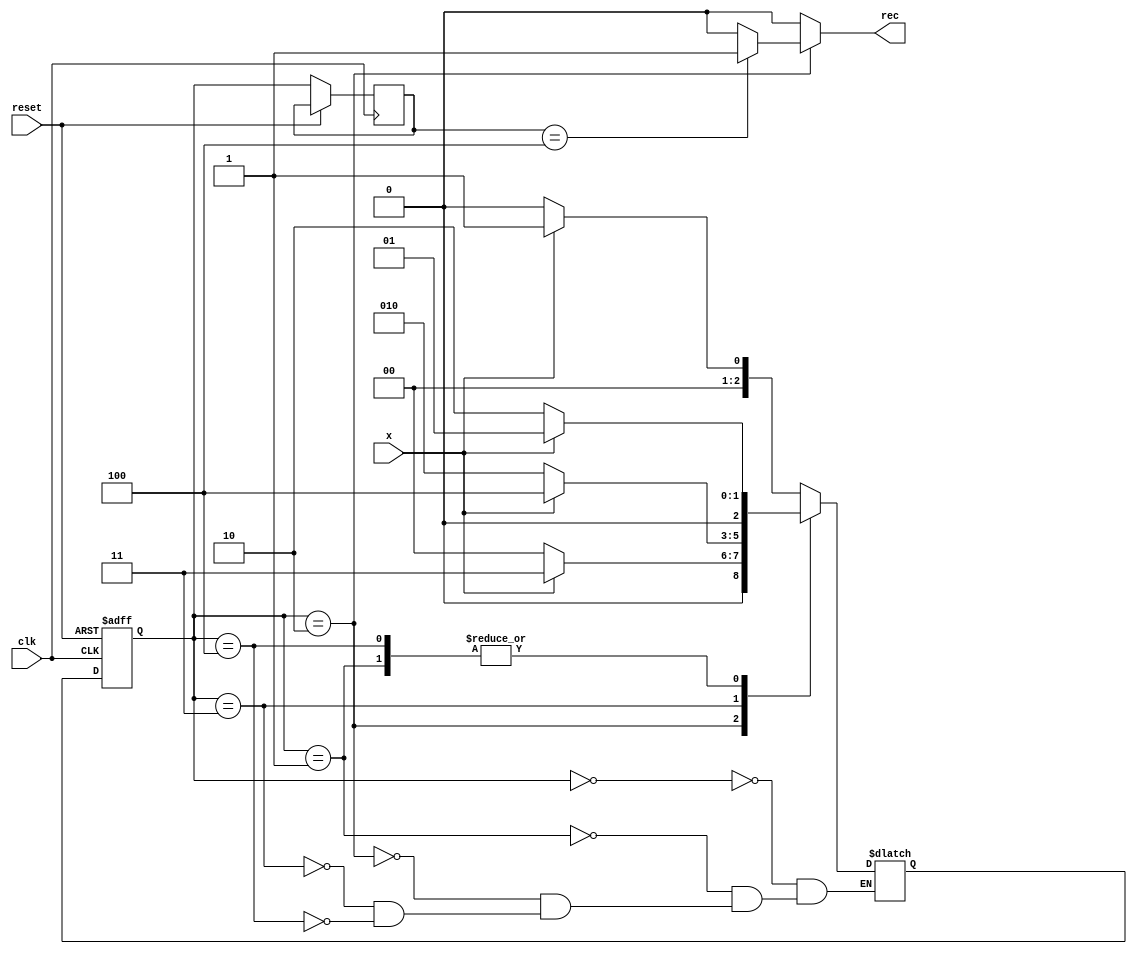
// to-do : fix when input changes multiple times before next clock pulse  

module mealy(output reg rec, input x, input reset, input clk);
reg [2:0] state;
reg [2:0] nextstate;
reg [2:0] prevstate=3'bxxx;
parameter S0=3'b000,S1=3'b001,S2=3'b010,S3=3'b011,S4=3'b100;
initial
rec=0;
always @(posedge clk or posedge reset)
begin
    if(reset)
    state=S0;
    else 
    begin
        prevstate=state;
        state = nextstate;
    end
end

always @(state or x)
begin
    rec=0;
    case(state)
        S0:
        begin
            if(x) nextstate=S1;
            else nextstate=S0;
        end
        S1:
        begin
            if(x) nextstate=S1;
            else nextstate=S2;
        end
        S2:
        begin
            if(x) nextstate=S3;
            else nextstate=S0;
            if(prevstate==S4) rec=1;
        end
        S3:
        begin
            if(x) nextstate=S4;
            else nextstate=S2;
        end
        S4:
        begin
            if(x) nextstate=S1;
            else nextstate=S2;
        end
    endcase
end
endmodule

// testbench
module testbench;
reg x,reset,clk;
reg [0:24] sequence;
wire rec;
mealy m(rec,x,reset,clk);
integer i;

initial
begin
    // $monitor($time," clk=%b reset= %b x=%b result=%b state=%b\n",clk,reset,x,rec,m.state);
    clk=0;
    reset=1;
    sequence=26'b00110_10110_00100_10111_10110_0;
    #5 reset=0;
    for(i=0;i<=25;i=i+1)
    begin
        x=sequence[i];
        #2 clk=1;
        #2 clk=0; 
        $display("State = ", m.state, " Input = ", x, " Output =", rec);
    end
    // #100 $finish;
end

endmodule